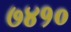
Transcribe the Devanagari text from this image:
७४१०